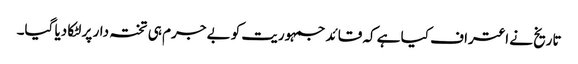
تاریخ نے اعتراف کیا ہے کہ قائد جمہوریت کو بے جرم ہی تختہ دار پر لٹکا دیا گیا۔